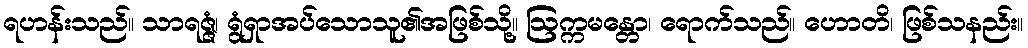
ရဟန်းသည်။ သာရဇ္ဇံ၊ ရွံရှာအပ်သောသူ၏အဖြစ်သို့။ ဩက္ကမန္တော၊ ရောက်သည်။ ဟောတိ၊ ဖြစ်သနည်း။